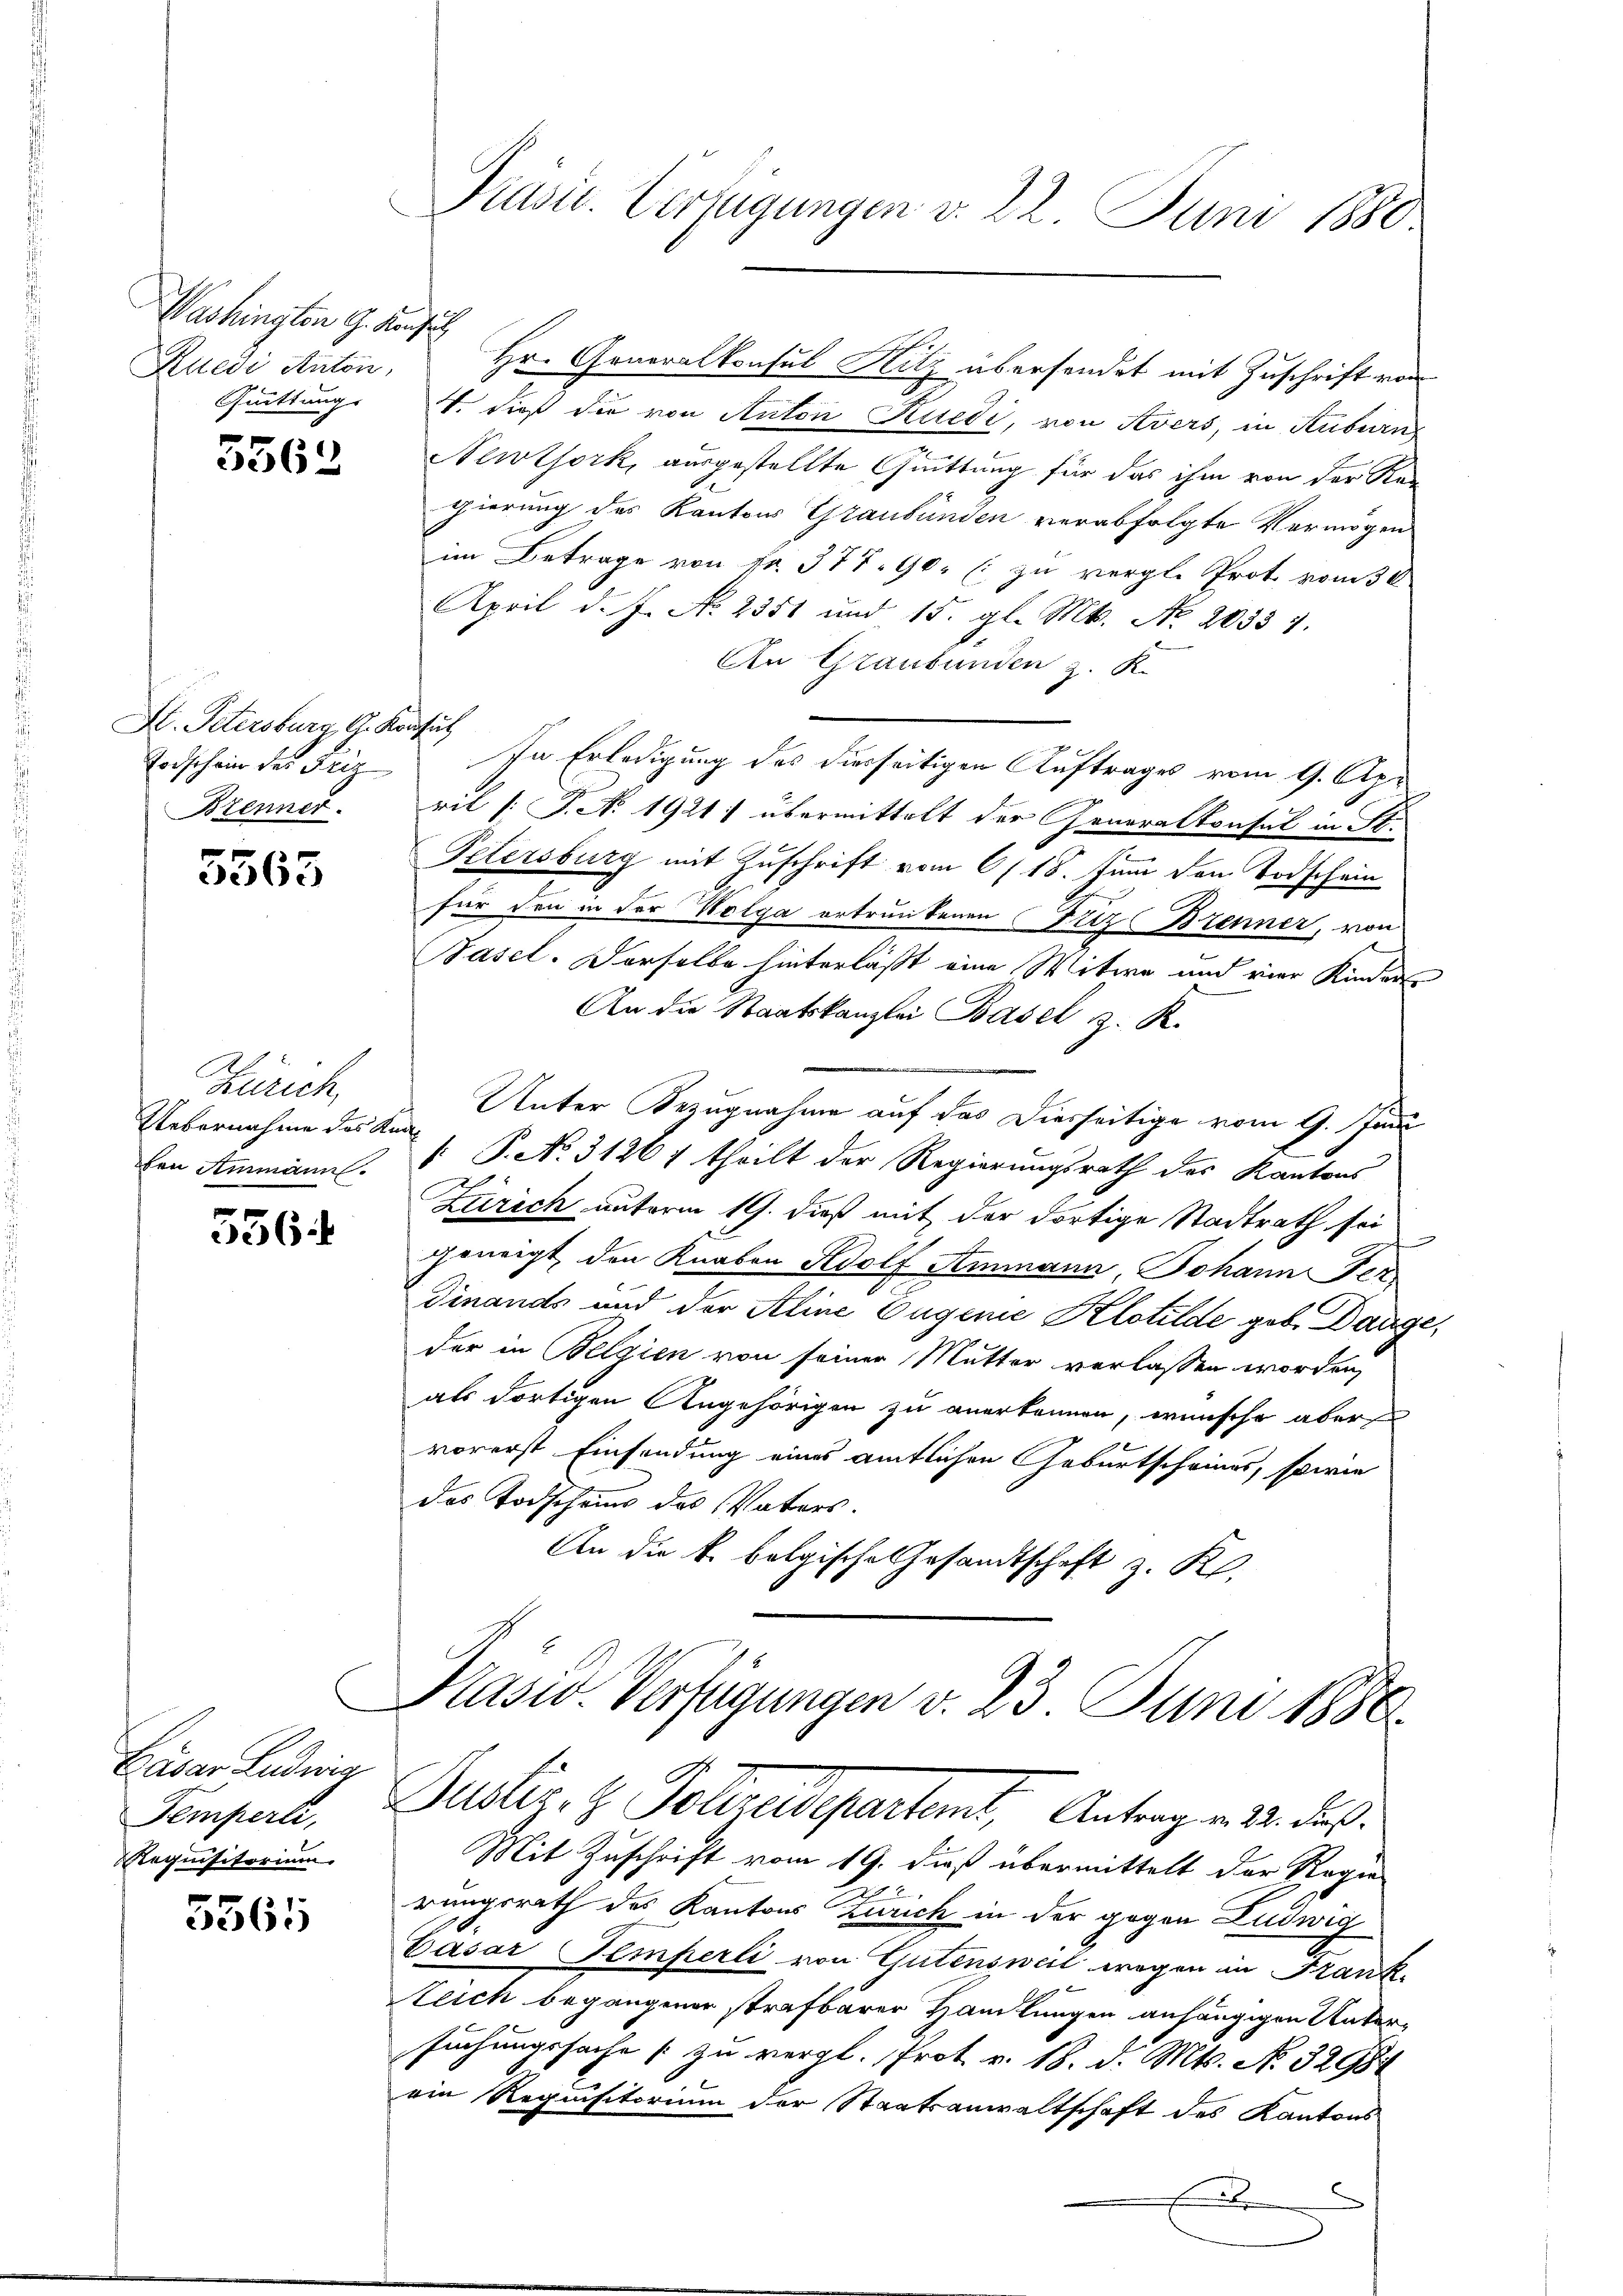
Washington G. Kunst
Ruedi Anton,

5562

A. Petersburg, G. Konfus
Brenner

5563

A
Zürich
Uebernahme des Knaben Ammann.

556.

Cäsar Ludwig
Femperli,
Requisitorium

5565

Präsid. Verfügungen v. 22. Juni 1880.

Hr. Generalkonsul Hitz übersendet mit Zuschrift von
Quittung . dieß die von Anton Kuedi, von Avers, in Stubern
Newtork, ausgestellte Quittung für das ihm von der Ren
gierung des Kantons Graubünden verabfolgte Vermögen
im Betrage von Fr. 377. 90 (: zu vergl. Prot. vom 30
April d. J. No 2351 und 15. gl. Mt. No. 20354.
An Graubünden z. K.
Todschein der Friz In Erledigung des derseitigen Auftrages vom 9. Apr
g
ril [: P. N. 1921: übermittelt der Generalkonsul in St.
Petersburg mit Zuschrift vom 6/18. Juni den Todschein
für den in der Wolga ertrunkenen Friz Brenner, von
Pasel. Derselbe hinterlässt eine Mitwe und vier Kindern
An die Staatskanzlei Basel z. R.
Unter Bezugnahme auf das Diesseitige vom 9. Juni
: P. No. 31261 theilt der Regierungsrath des Kantons
Zürich unterm 19. dieß mit der dortige Stadtrath sei
geneigt den Knaben Adolf Ammann Johann Per
Dinands und der Aline Eugenie Klotilde geb. Dange,
der in Belgien von seiner Mutter verlassen worden,
als dortigen Angehörigen zu anerkennen, wünsche aber
vorerst Einsendung eines amtlichen Geburtscheines, sowie
das Todscheins des Vaters.
An die k. bolgische Gesandtschaft z. K.

Mit Zuschrift vom 19. dieß übermittelt der Regie
rungsrath des Kantons Zürich in der gegen Ludwig
Dasar Temperli von Gutensweil wegen in Frank-
teich begangener strafbarer Handlungen anhängigen Untersuchungssache zu vergl. Prot. v. 18. d. Mts. No. 3298
ein Requisitorium der Staatsanwaltschaft des Kantons
E

Kasid. Verfügungen v. 23 Juni 1880.
Puster, z. Polizeidepartemt, Antrag v. 22. ds.